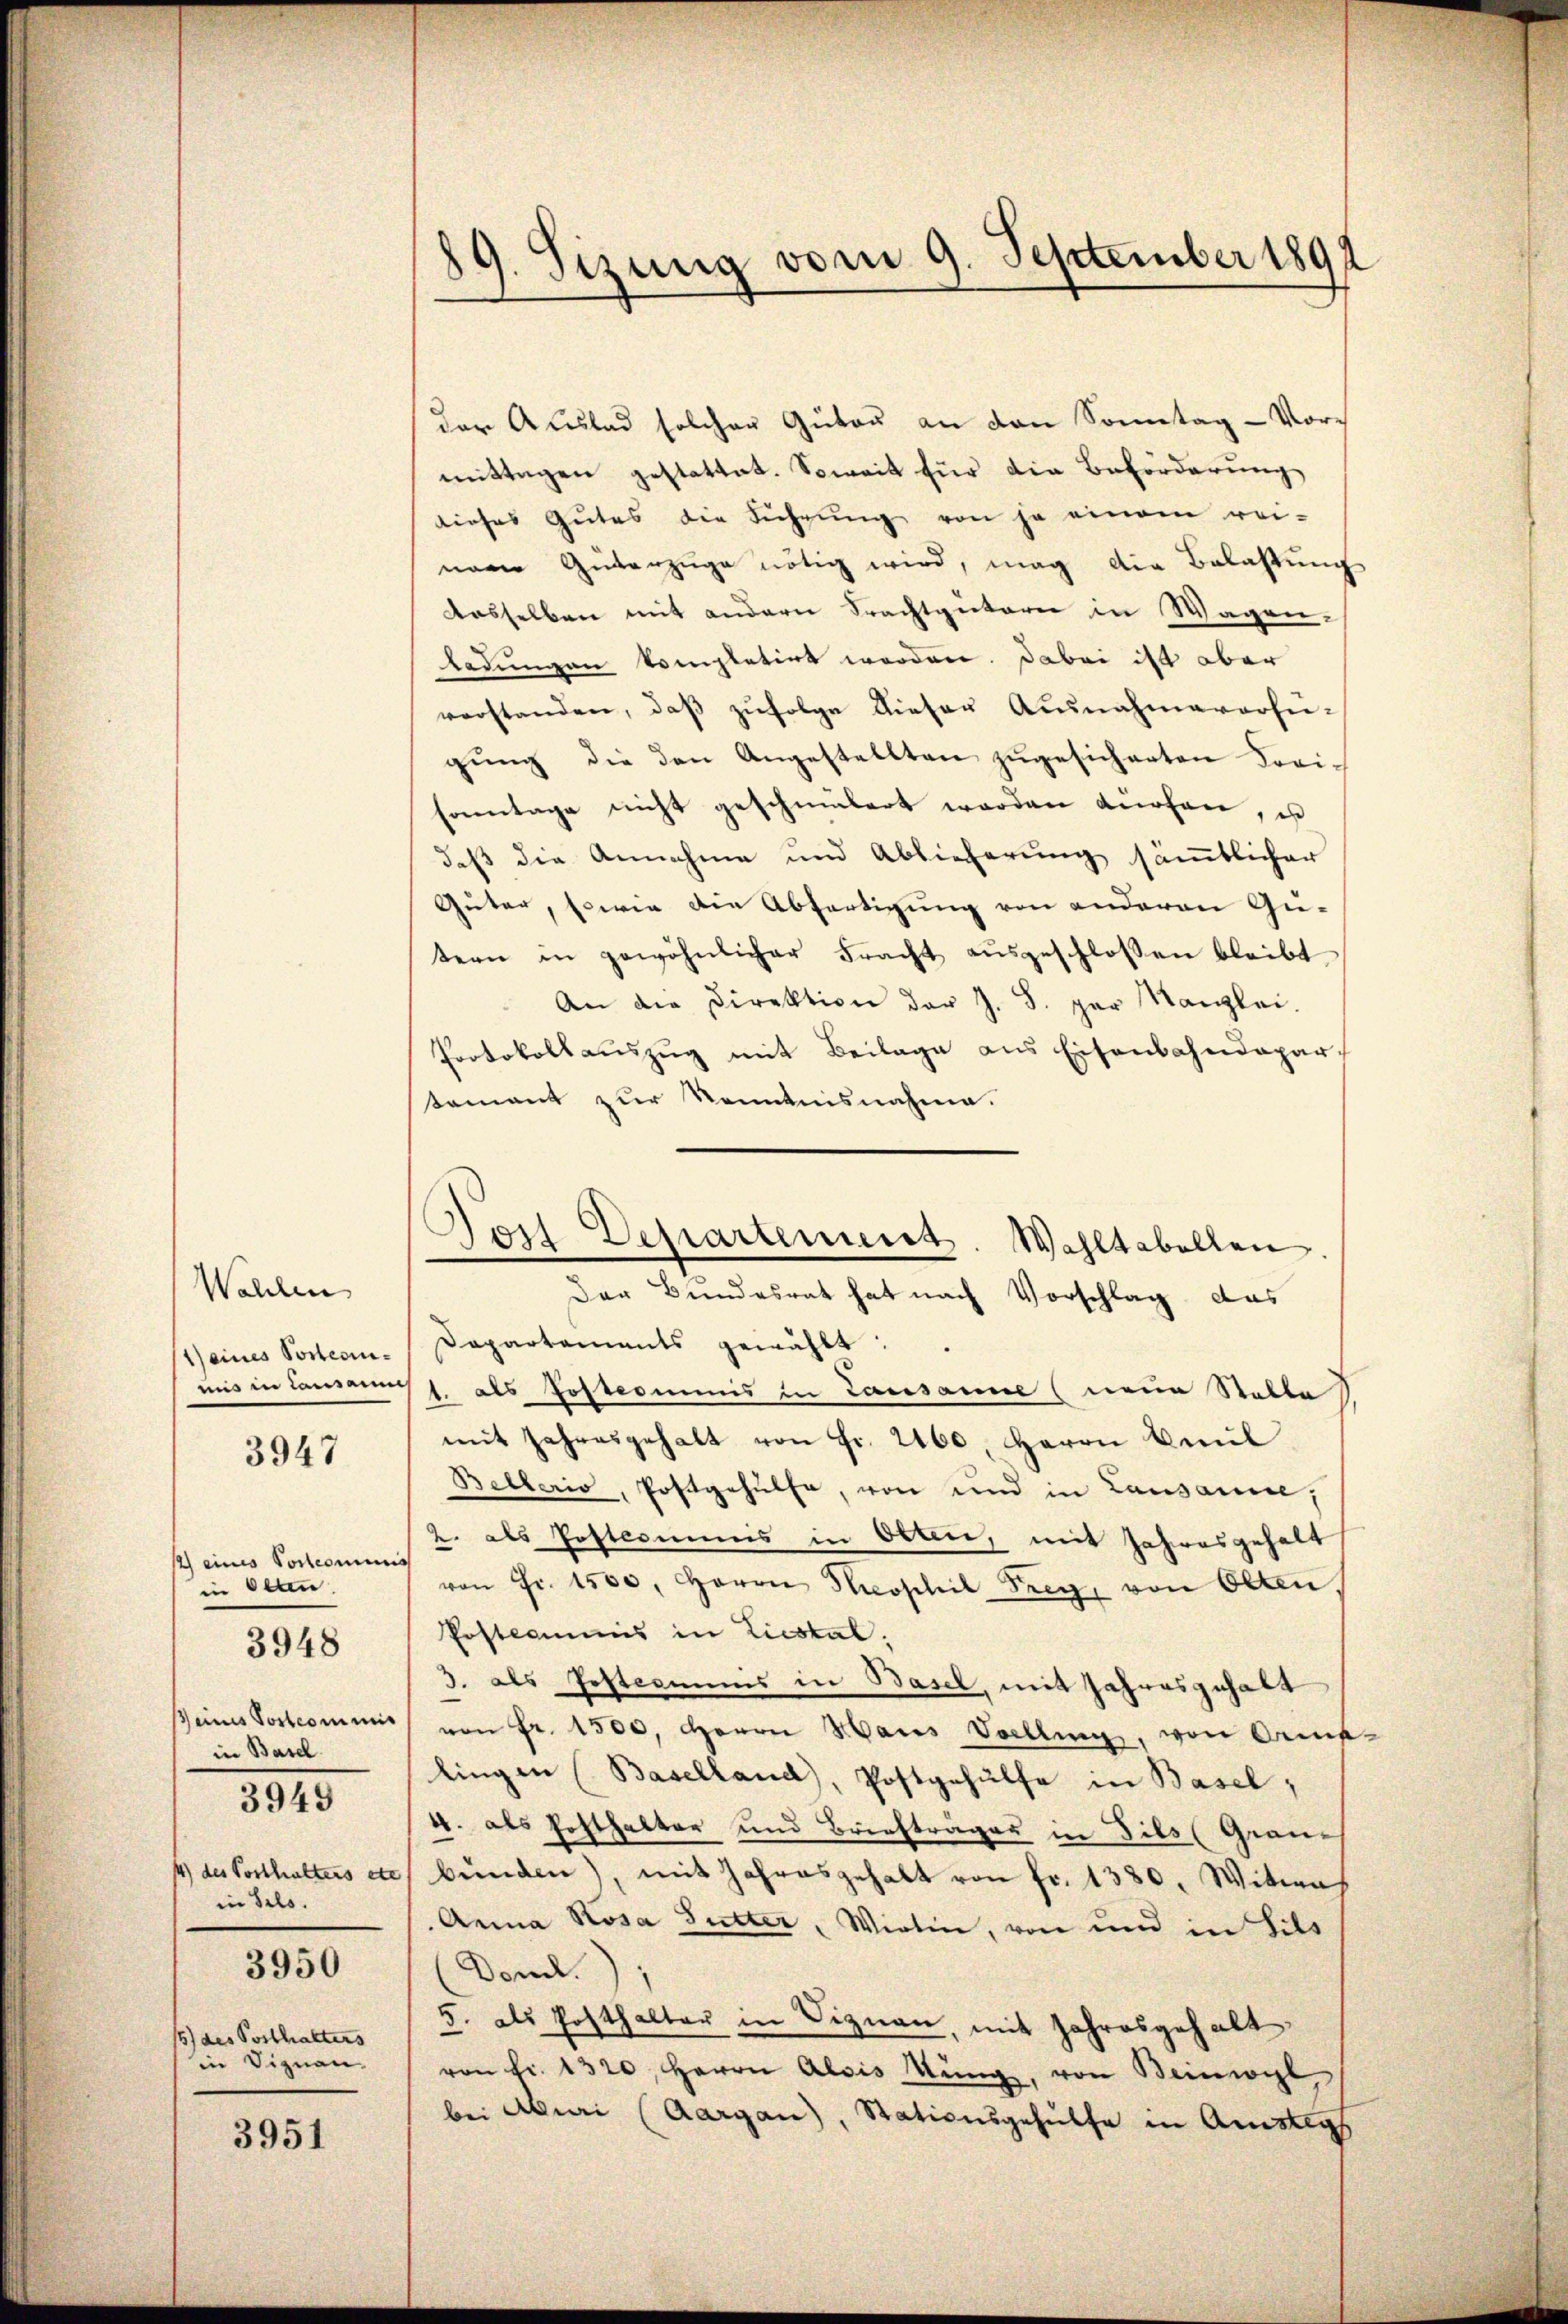
Wahlen
1) eines Posteriuns in Lausann

3947

2) eines Portionen
in Olten
ß eines Vortcommi
in Basel
14) des Posthalters et
in Selo.
3950
15) des Posthalters
in Dignan

3948

3949

3951

.
og. Sizung vom 9. September 1891

der Auslad solcher Güter an den Sonntag - Vormittagen gestattet. Soweit für die Beförderung
dieses Gutes die Führŭng von je einem rei-
nm Gŭtanzüge nötig wird, mag die Belastŭng
dasselben mit andern Prachtguterie in Wagen-
Ladungen kompletirt worden. Dabei ist aber
verstanden, daβ zŭfolge dieser Ausnahmeversi-
gung die den Angestellten zugesicherten Freisonntage nicht geschmälert werden anofane, es
daß die Annahme und Ablieferung sämtlicher
Güter, sowie die Abfertigung von anderen Gutern in gewöhnlicher Fracht aŭsgeschlossen bleibt
An die Direktion der J. S. gar Kanzlei.
Protokollauszug mit Beilage aus Eisenbahndepartement zur Kenntnisnahme.
Der Bundesrat hat nach Vorschlag das
Dapartaments gewählt:
J. als Postcommis in Lausanne (neue Stalle
mit Jahresgehalt von Fr. 2160 Herrn Beil
Belleris, Posttgehülfe, von und in Lausanne,
2. als Postcommis in Otten, mit Jahresgehalt
¬
von Fr. 1500. Herrn Sophil Frey, von Olten,
Posteamens in Liestal,
3. als Postcommis in Basel, mit Jahresgehalt
von Fr. 1500. Herrn Haus Volling, von Orna-
lingen (Baselland), Postgehülfe in Basel,
4. als Hofthalter und Briefträger in Fils (Grau-
cbenden), mit Jahresgehalt von fr. 1380. Witwes
Anna Rosa Sutter, Wirtin, von und in Lils
Doncl.
5. als Posthalter in Siznau, mit Jahresgehalt
von Fr. 1320. Herrn Alois Kŭng, von Beinwyl
bei Aburi (Aargau), Stationsgehülfe in Amstags

)
ost Departement. Wahltabellen